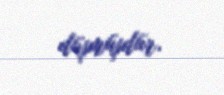
düşmüşdür.